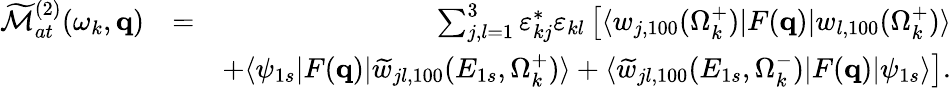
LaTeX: \begin{array}{rlr}{\widetilde{\cal M}_{at}^{(2)}(\omega_{k},\mathbf{q})}&{=}&{\sum_{j,l=1}^{3}\varepsilon_{kj}^{*}\varepsilon_{kl}\left[\langle w_{j,100}(\Omega_{k}^{+})|F(\mathbf{q})|{w}_{l,100}(\Omega_{k}^{+})\rangle\right.}\\ &{}&{\left.+\langle\psi_{1s}|F(\mathbf{q})|\widetilde w_{jl,100}(E_{1s},\Omega_{k}^{+})\rangle+\langle\widetilde w_{jl,100}(E_{1s},\Omega_{k}^{-})|F(\mathbf{q})|\psi_{1s}\rangle\right].}\end{array}